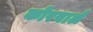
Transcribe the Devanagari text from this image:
कोरवाले